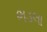
ભડલા